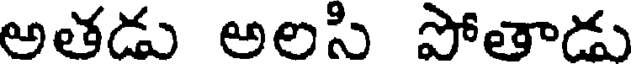
అతడు అలసి పోతాడు